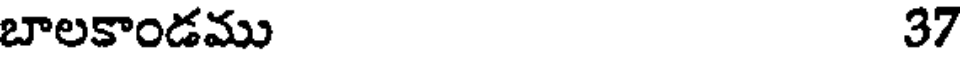
బాలకాండము 37